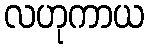
လဟုကာယ